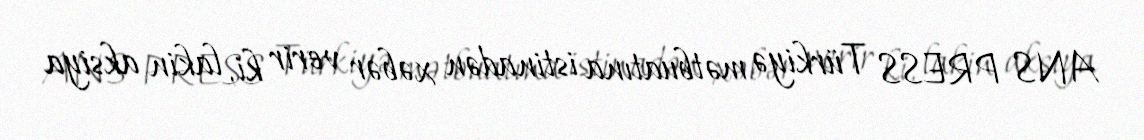
ANS PRESS Türkiyə mətbuatına istinadən xəbər verir ki, lakin aksiya